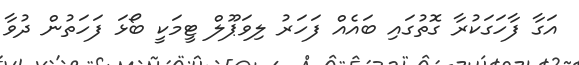
އަގާ ފާހަގަކުރާ ގޮތުގައި ބައެއް ފަހަރު ލިވަޕޫލް ޓީމަކީ ބޯޅަ ފަހަތުން ދުވާ